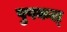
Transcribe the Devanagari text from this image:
पुषकल्